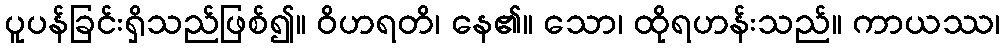
ပူပန်ခြင်းရှိသည်ဖြစ်၍။ ဝိဟရတိ၊ နေ၏။ သော၊ ထိုရဟန်းသည်။ ကာယဿ၊